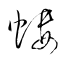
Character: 螻